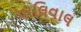
પાલિવાલ